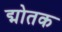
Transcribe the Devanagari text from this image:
द्मोतक